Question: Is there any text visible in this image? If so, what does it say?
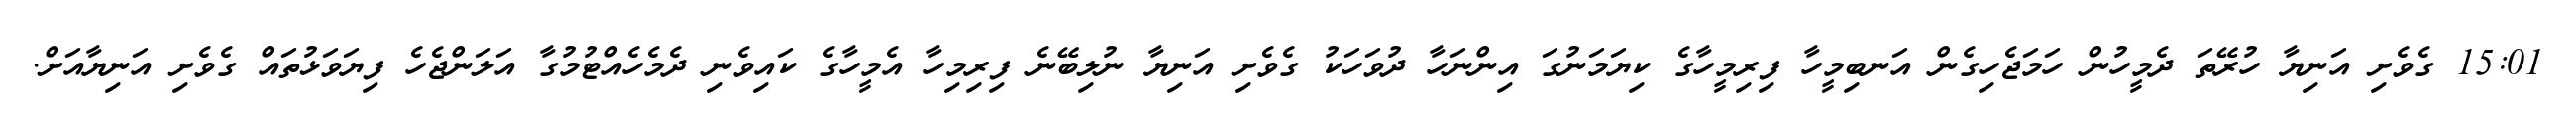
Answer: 15:01 ގެވެށި އަނިޔާ ހުރޭތަ ދެމީހުން ހަމަޖެހިގެން އަނބިމީހާ ފިރިމީހާގެ ކިޔަމަނުގަ އިންނަހާ ދުވަހަކު ގެވެށި އަނިޔާ ނުލިބޭނެ ފިރިމިހާ އެމީހާގެ ކައިވެނި ދެމެހެއްޓުމުގާ އަލަންޖެހެ ފިޔަވަޅުތައް ގެވެށި އަނިޔާއަށް.